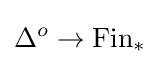
\Delta ^{o}\to \operatorname {Fin} _{*}